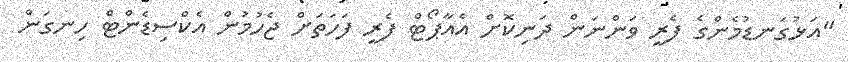
"އަޅުގަނޑުމެންގެ ފެރީ ވަންނަން ދަނިކޮށް އެއާޕޯޓް ފެރީ ފަހަތަށް ޖެހުމުން އެކްސިޑެންޓް ހިނގަން